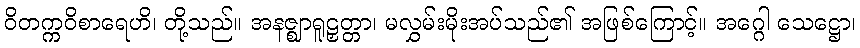
ဝိတက္ကဝိစာရေဟိ၊ တို့သည်။ အနဇ္ဈာရူဠှတ္တာ၊ မလွှမ်းမိုးအပ်သည်၏ အဖြစ်ကြောင့်။ အဂ္ဂေါ သေဋ္ဌော၊